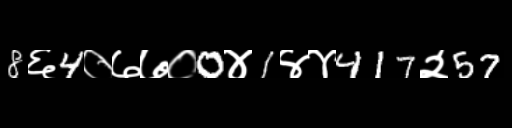
Text: 8६4०७७०0४1४४417२57